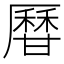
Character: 𤯍